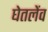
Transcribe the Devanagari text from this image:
घेतलेंव